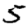
Digit: 5